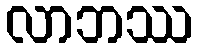
လာဘဿ